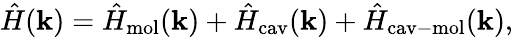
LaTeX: \hat{H}(\mathbf{k})=\hat{H}_{\mathrm{mol}}(\mathbf{k})+\hat{H}_{\mathrm{cav}}(\mathbf{k})+\hat{H}_{\mathrm{cav-mol}}(\mathbf{k}),